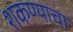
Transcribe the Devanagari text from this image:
शकण्याचा